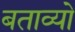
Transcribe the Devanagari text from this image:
बताव्यो